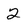
Character: 2